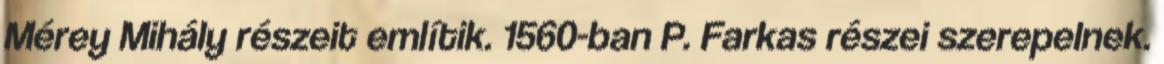
Mérey Mihály részeit említik. 1560-ban P. Farkas részei szerepelnek.